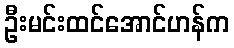
ဦးမင်းထင်အောင်ဟန်က